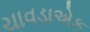
ચાવડાએક